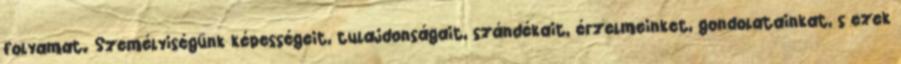
folyamat. Személyiségünk képességeit, tulajdonságait, szándékait, érzelmeinket, gondolatainkat, s ezek